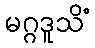
မဂ္ဂဒူသိံ